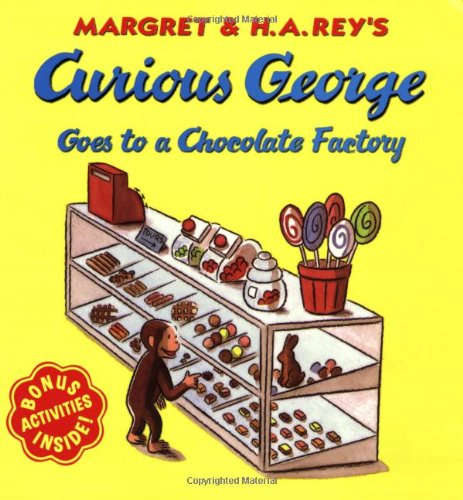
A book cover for Curious George Goes to a Chocolate Factory; H. A. Rey; Children's Books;